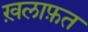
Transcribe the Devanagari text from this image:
ख़लाफ़त